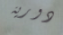
دورية